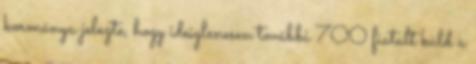
kormánya jelezte, hogy ideiglenesen további 700 fiatalt küld a